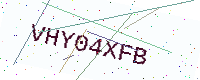
Text: VHY04XFB